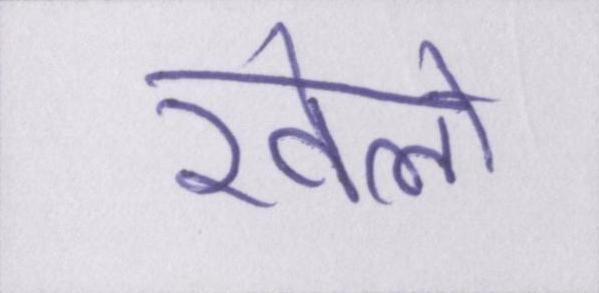
खेलो